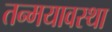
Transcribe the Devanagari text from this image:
तन्मयावस्था